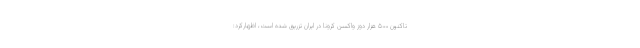
تاکنون ۵۰۰ هزار دوز واکسن کرونا در ایران تزریق شده است، اظهارکرد: